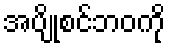
အပျိုစင်ဘဝကို